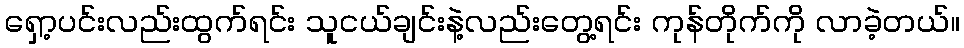
ရှော့ပင်းလည်းထွက်ရင်း သူငယ်ချင်းနဲ့လည်းတွေ့ရင်း ကုန်တိုက်ကို လာခဲ့တယ်။